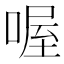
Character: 喔